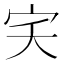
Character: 宎